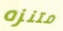
متنزه